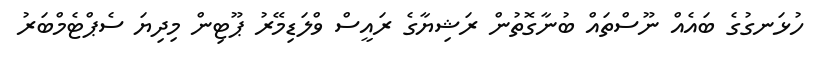
ހުޅަނގުގެ ބައެއް ނޫސްތައް ބުނާގޮތުން ރަޝިޔާގެ ރައީސް ވްލަޑިމޭރު ޕޫޓިން މިދިޔަ ސެޕްޓެމްބަރު